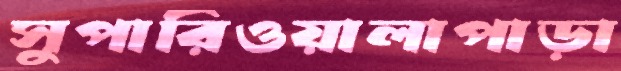
সুপারিওয়ালাপাড়া